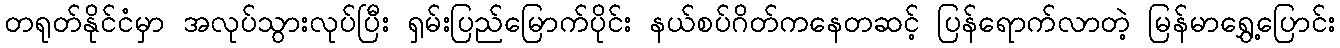
တရုတ်နိုင်ငံမှာ အလုပ်သွားလုပ်ပြီး ရှမ်းပြည်မြောက်ပိုင်း နယ်စပ်ဂိတ်ကနေတဆင့် ပြန်ရောက်လာတဲ့ မြန်မာရွှေ့ပြောင်း